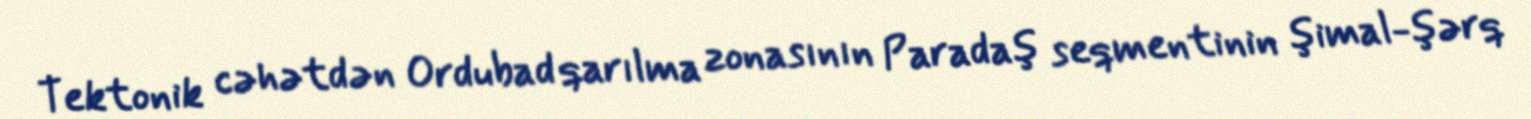
Tektonik cəhətdən Ordubad qarılma zonasının Paradaş seqmentinin şimal-şərq